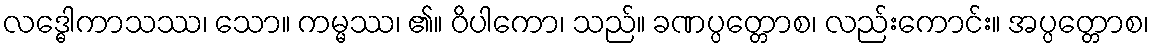
လဒ္ဓေါကာသဿ၊ သော။ ကမ္မဿ၊ ၏။ ဝိပါကော၊ သည်။ ခဏပ္ပတ္တောစ၊ လည်းကောင်း။ အပ္ပတ္တောစ၊